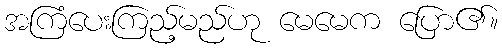
အကြံပေးကြည့်မည်ဟု မေမေက ပြော၏။